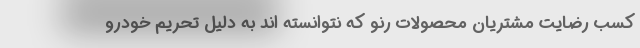
کسب رضایت مشتریان محصولات رنو که نتوانسته اند به دلیل تحریم خودرو